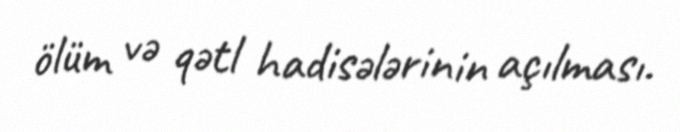
ölüm və qətl hadisələrinin açılması.